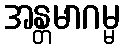
အန္တမာဂမ္မ